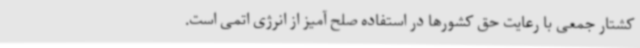
کشتار جمعی با رعایت حق کشورها در استفاده صلح آمیز از انرژی اتمی است.